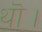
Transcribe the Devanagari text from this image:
थॊ।